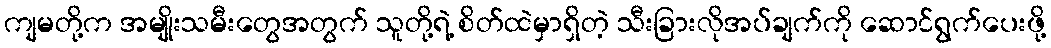
ကျမတို့က အမျိုးသမီးတွေအတွက် သူတို့ရဲ့ စိတ်ထဲမှာရှိတဲ့ သီးခြားလိုအပ်ချက်ကို ဆောင်ရွက်ပေးဖို့